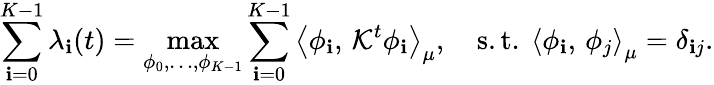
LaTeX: \sum_{\mathbf{i}=0}^{K-1}\lambda_{\mathbf{i}}(t)=\operatorname*{max}_{\phi_{0},\ldots,\phi_{K-1}}\sum_{\mathbf{i}=0}^{K-1}\left\langle\phi_{\mathbf{i}},\, \mathcal{{K}}^{t}\phi_{\mathbf{i}}\right\rangle_{\mu},\quad\mathrm{{s.t.~}}\left\langle\phi_{\mathbf{i}},\, \phi_{j}\right\rangle_{\mu}=\delta_{\mathbf{i}j}.